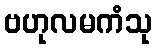
ဗဟုလမကံသု